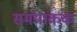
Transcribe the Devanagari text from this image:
समयांकक